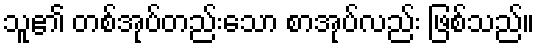
သူ၏ တစ်အုပ်တည်းသော စာအုပ်လည်း ဖြစ်သည်။